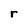
Character: r